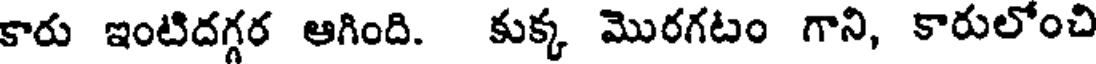
కారు ఇంటిదగ్గర ఆగింది. కుక్క మొరగటం గాని, కారులోంచి